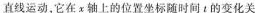
直线运动。它在x轴上的位置坐标随时间t的变化关